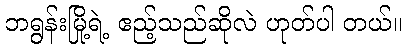
ဘရွန်းမြို့ရဲ့ ဧည့်သည်ဆိုလဲ ဟုတ်ပါ တယ်။